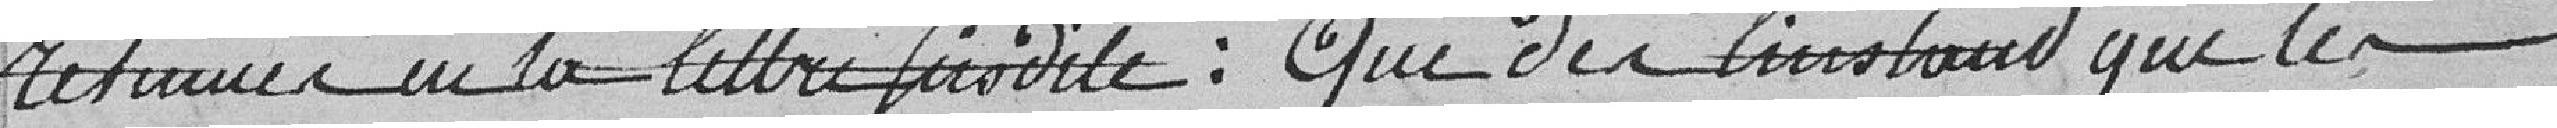
résumées en la lettre susdite : que dès l'instant que les